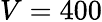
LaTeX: V=400